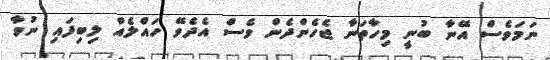
ނަމަވެސް އޭނާ ބުނީ މިހާތަނާ ޖެހެންދެން ވެސް އެދެވޭ ހައްލެއް ލިބިފައި ނުވާ